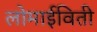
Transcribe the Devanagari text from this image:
लोमाईविती